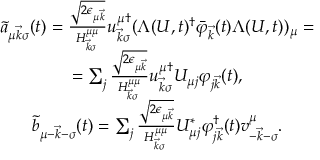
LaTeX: \begin{array} { c } { { \tilde { a } _ { \mu \vec { k } \sigma } ( t ) = \frac { \sqrt { 2 \epsilon _ { \mu \vec { k } } } } { H _ { \vec { k } \sigma } ^ { \mu \mu } } u _ { \vec { k } \sigma } ^ { \mu \dagger } ( \Lambda ( U , t ) ^ { \dagger } \bar { \varphi } _ { \vec { k } } ( t ) \Lambda ( U , t ) ) _ { \mu } = } } \\ { { = \sum _ { j } \frac { \sqrt { 2 \epsilon _ { \mu \vec { k } } } } { H _ { \vec { k } \sigma } ^ { \mu \mu } } u _ { \vec { k } \sigma } ^ { \mu \dagger } U _ { \mu j } \varphi _ { j \vec { k } } ( t ) , } } \\ { { \tilde { b } _ { \mu - \vec { k } - \sigma } ( t ) = \sum _ { j } \frac { \sqrt { 2 \epsilon _ { \mu \vec { k } } } } { H _ { \vec { k } \sigma } ^ { \mu \mu } } U _ { \mu j } ^ { * } \varphi _ { j \vec { k } } ^ { \dagger } ( t ) v _ { - \vec { k } - \sigma } ^ { \mu } . } } \end{array}